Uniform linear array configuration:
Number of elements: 64
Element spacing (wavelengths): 0.5
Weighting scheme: hann
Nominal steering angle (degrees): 15
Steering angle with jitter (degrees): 13.326
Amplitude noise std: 0.05
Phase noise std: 0.05

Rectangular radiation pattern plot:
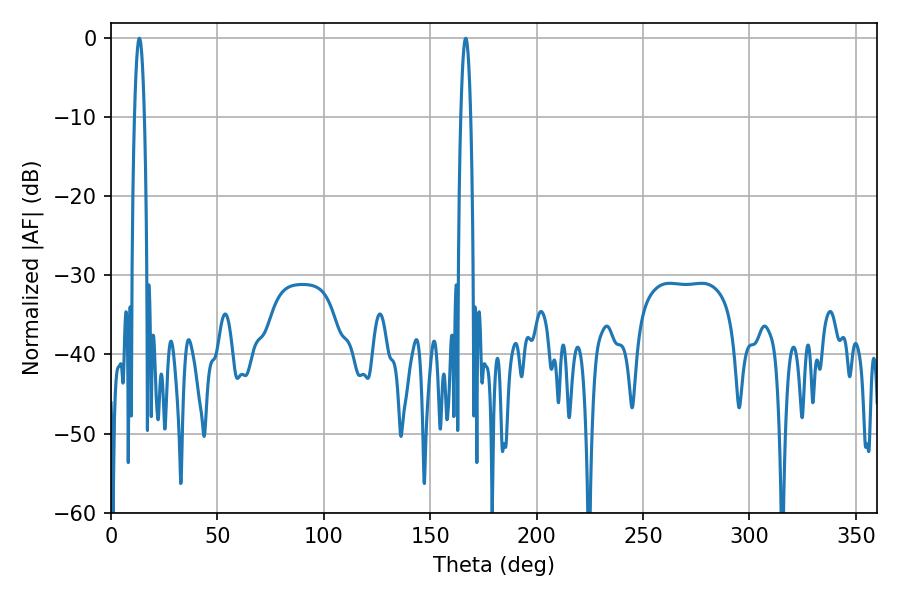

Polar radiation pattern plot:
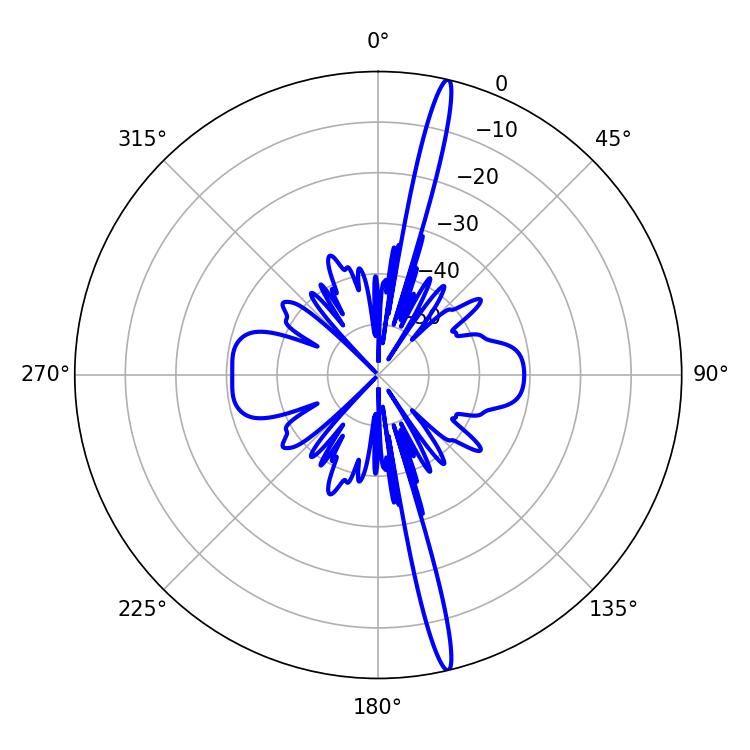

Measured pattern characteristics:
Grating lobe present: FALSE
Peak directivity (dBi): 19.513
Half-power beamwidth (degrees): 2.52
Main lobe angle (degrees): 13.32